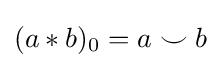
(a*b)_{0}=a\smile b